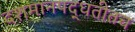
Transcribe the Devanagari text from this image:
दशमानपद्धतीतच